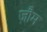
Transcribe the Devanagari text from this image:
ज़ौम